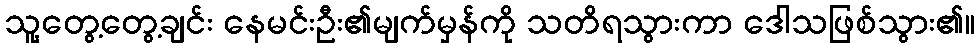
သူ့တွေ့တွေ့ချင်း နေမင်းဦး၏မျက်မှန်ကို သတိရသွားကာ ဒေါသဖြစ်သွား၏။